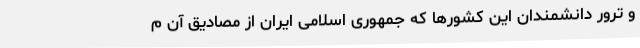
و ترور دانشمندان این کشورها که جمهوری اسلامی ایران از مصادیق آن م